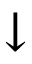
\downarrow